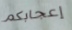
إعجابكم